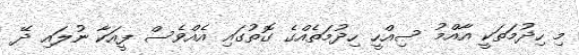
މި ހިދުމަތަކީ އާއްމު ސިއްހީ ހިދުމަތެއްގެ ގޮތުގައި އެއްވެސް ފީއަކާ ނުލައި ދޭ